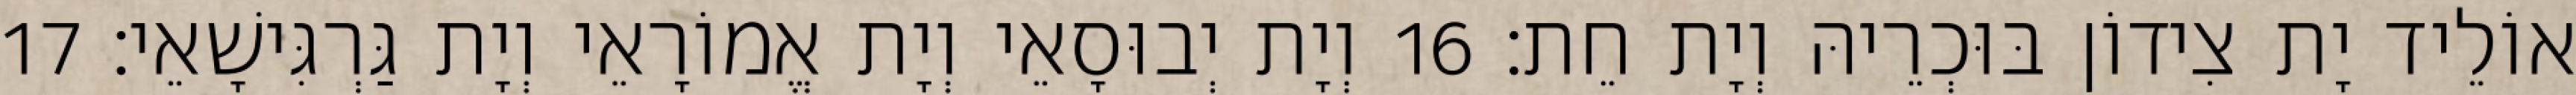
אוֹלֵיד יָת צִידוֹן בּוּכְרֵיהּ וְיָת חֵת׃ 16 וְיָת יְבוּסָאֵי וְיָת אֱמוֹרָאֵי וְיָת גַּרְגִּישָׁאֵי׃ 17